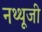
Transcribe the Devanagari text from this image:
नथ्थूजी